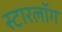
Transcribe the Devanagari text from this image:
स्टारलॉग